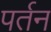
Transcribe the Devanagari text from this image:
पर्तन